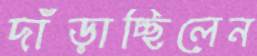
দাঁড়াচ্ছিলেন